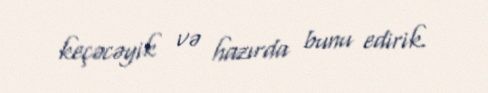
keçəcəyik və hazırda bunu edirik.